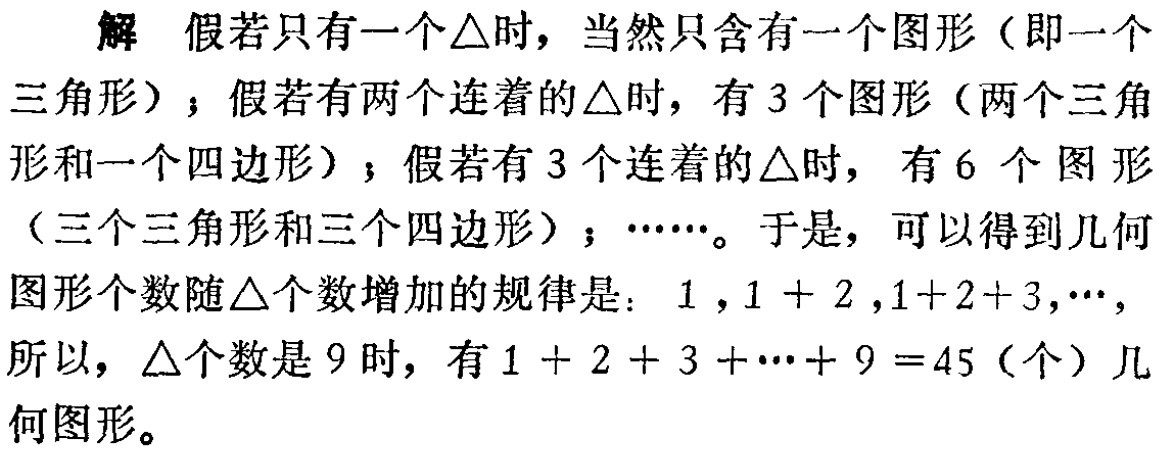
解 假若只有一个$\triangle$时，当然只含有一个图形（即一个三角形）；假若有两个连着的$\triangle$时，有$3$个图形（两个三角形和一个四边形）；假若有$3$个连着的$\triangle$时， 有$6$ 个 图 形（三个三角形和三个四边形）；$\cdots\cdots$。于是，可以得到几何图形个数随$\triangle$个数增加的规律是：$1$,$1 + 2$,$1+2+3,\cdots,$所以，$\triangle$个数是$9$时，有$1 + 2 + 3 +\cdots+ 9 =45$（个）几何图形。